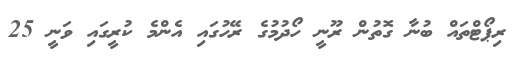
ރިޕޯޓްތައް ބުނާ ގޮތުން ރޫނީ ހޯދުމުގެ ރޭހުގައި އެންމެ ކުރީގައި ވަނީ 25